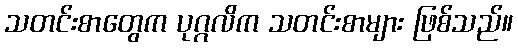
သတင်းစာတွေက ပုဂ္ဂလိက သတင်းစာများ ဖြစ်သည်။